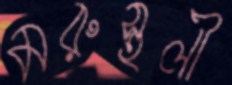
মরুস্থলী